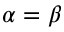
\alpha = \beta